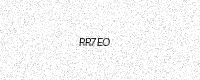
Text: RR7EO